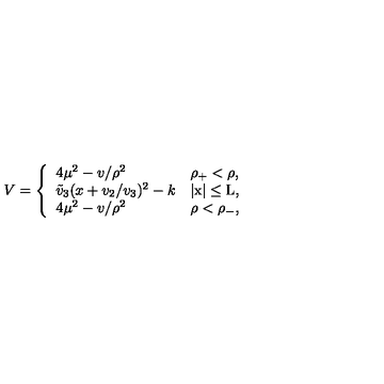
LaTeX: V = \left\{ \begin{array} { l l } { 4 \mu ^ { 2 } - v / \rho ^ { 2 } } & { \mathrm { \rho _ { + } < \rho , } } \\ { \tilde { v } _ { 3 } ( x + v _ { 2 } / v _ { 3 } ) ^ { 2 } - k } & { \mathrm { | x | \leq L , } } \\ { 4 \mu ^ { 2 } - v / \rho ^ { 2 } } & { \mathrm { \rho < \rho _ { - } , } } \\ \end{array} \right.